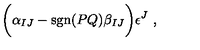
\biggl ( \alpha _ { I J } - \mathrm { s g n } ( P Q ) \beta _ { I J } \biggr ) \epsilon ^ { J } \ ,